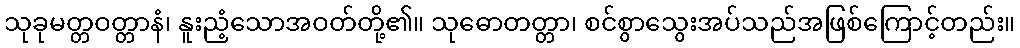
သုခုမတ္တဝတ္တာနံ၊ နူးညံ့သောအဝတ်တို့၏။ သုဓောတတ္တာ၊ စင်စွာသွေးအပ်သည်အဖြစ်ကြောင့်တည်း။